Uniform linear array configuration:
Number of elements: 32
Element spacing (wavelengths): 0.75
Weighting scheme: hamming
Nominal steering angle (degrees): -60
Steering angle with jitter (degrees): -60.404
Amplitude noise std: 0.05
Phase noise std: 0.05

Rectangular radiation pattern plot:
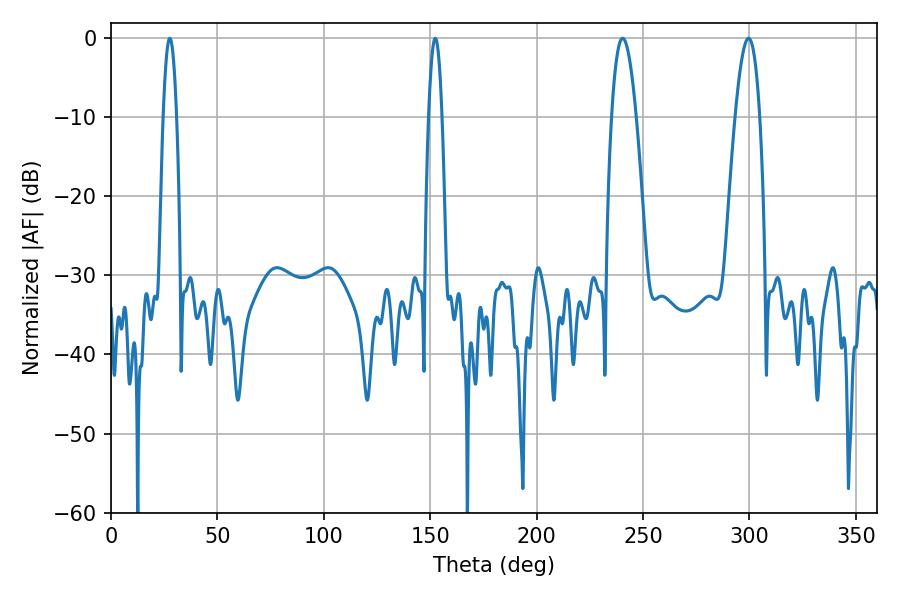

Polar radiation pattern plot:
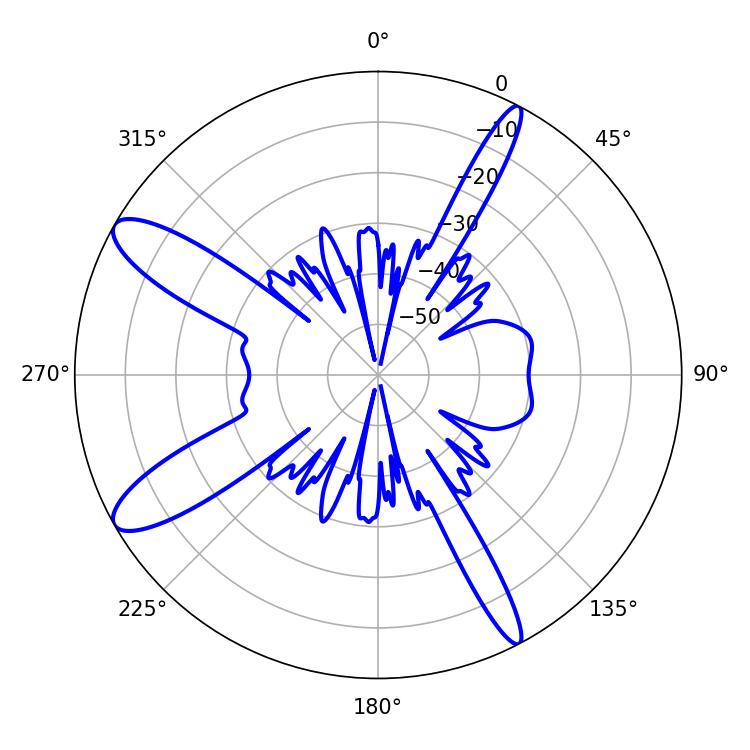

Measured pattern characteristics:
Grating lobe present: TRUE
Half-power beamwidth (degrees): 6.3
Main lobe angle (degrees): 240.48